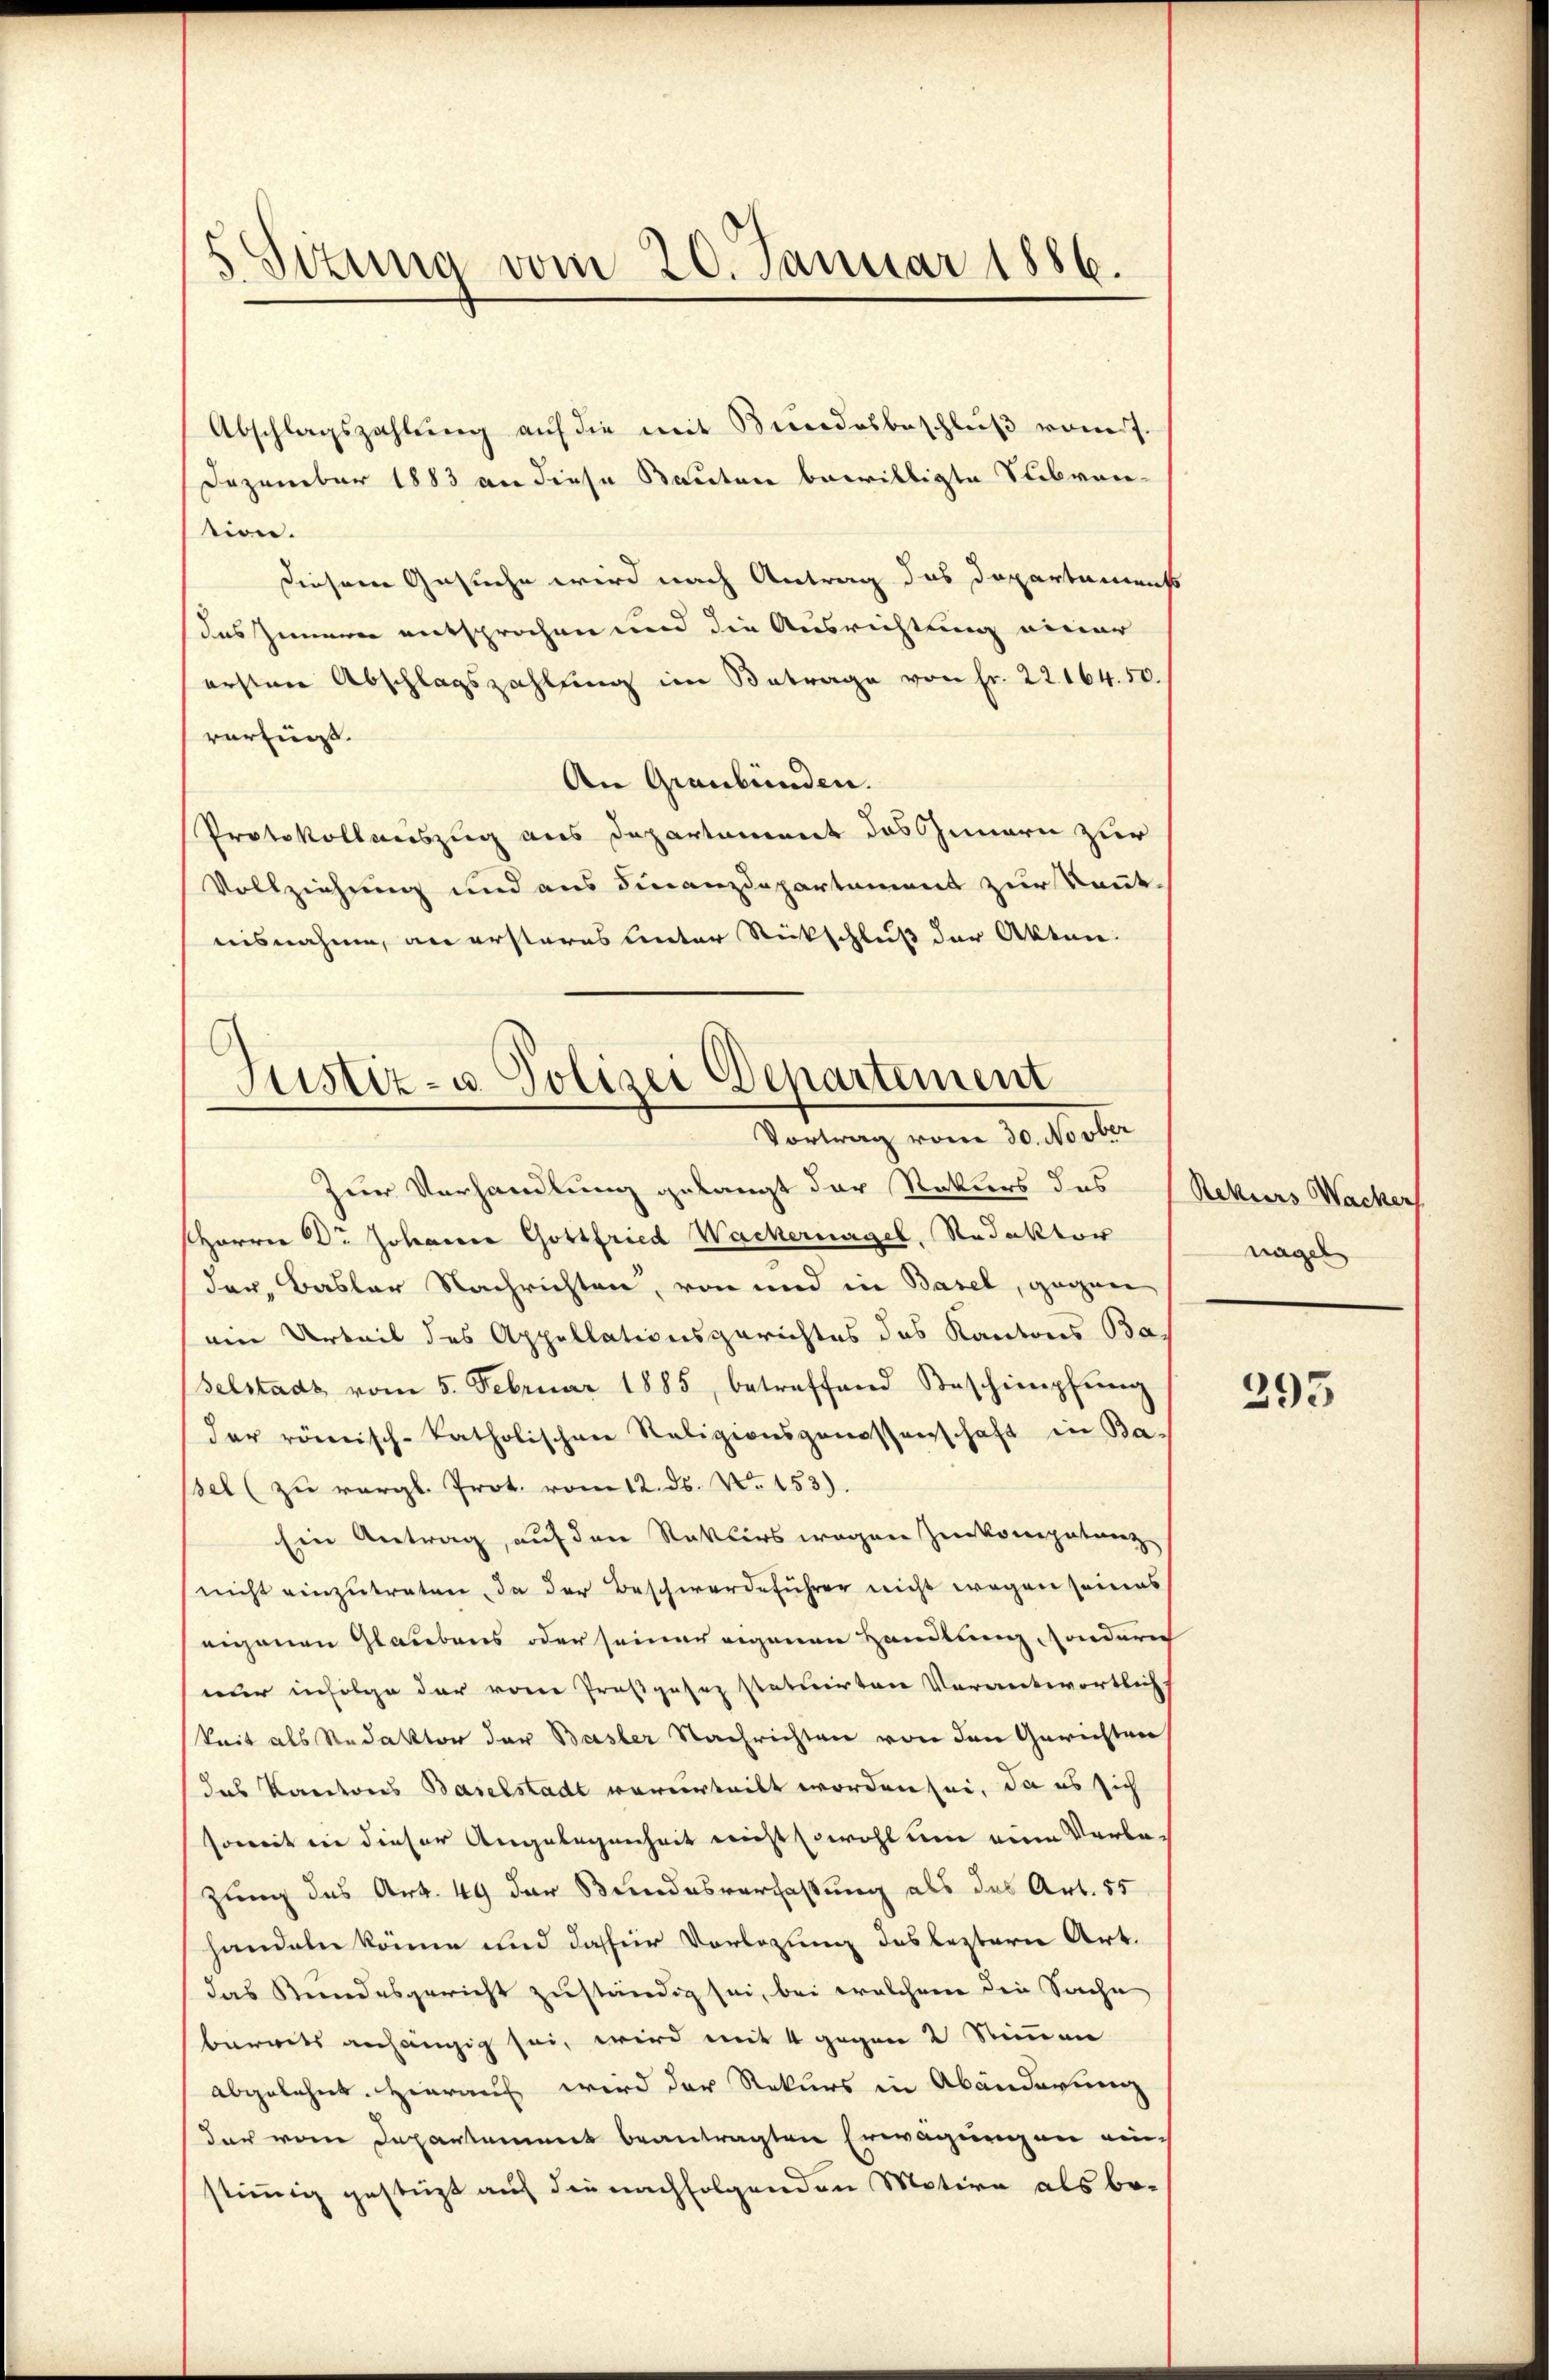
Sizung vom 20. Januar 1886.

Abschlagszahlŭng aŭf die mit Bundesbeschlŭβ vom 7.
Dezember 1883 an diese Bauten bewilligte Subvention.
diesem Gesuche wird nach Antrag das Departamenss
das Zimmen entsprochen und die Ausrichtung einer
ersten Abschlagszahlung im Betrage von Fr. 22164. 50.
vorfin.
An Graubünden.
Protokollauszug aus Departament das Innern zur
Vollziehung und aus Finanzdepartement zur Kennt
ausnahme, an ersteres unter Rückschluß der Akten.
Zur Verhandlung gelangt der Rekurs des
Harrer Dr. Johanne Gottfried Wackernagel, Redaktor
der, Basler Nachrichten, von und in Basel, gegen
em Urteil des Appellationsgerichtes das Kantons Ba
selstadt vom 5. Februar 1885, betreffend Beschimpfŭng
Der römisch-katholischen Religionsgenossenschaft in Ba-
Bel (zu vergl. Prot. vom 12. ds. No 153).
Ein Antrag, auf den Raklirs wegen Zirkompetanz
nicht einzutreten, da der Beschwerdeführer nicht wegen seines
eigenen Glaubens oder seiner eigenen Handlung sonderich
nur infolge der von Profsgesez statuirten Verantwortlich
keit als Redaktor der Basler Nachrichten von den Gerichten
das Kantons Baselstadt verurteilt worden sei, da es sich
soweit in dieser Angelegenheit nicht sowohl um eine Verbe-
zung des Art. 49 der Bundesverfassung als das Art. 55
handeln könne und dasser Vorlegung des leztern Art.
das Kundesgericht zuständig sei, bei welchem die Sache
barrets anhängig sei, wird mit 4 gegen 2 Stimmen
abgelehnt. Hierauf wird der Rekurs in Abänderung
dar vom Departement beantragten Erwägungen ein-
stimmig gestüzt auf die nachfolgenden Motive als be¬

Justiz- u Polizei Departement
Vortrag vom 30. Novber

Rekurs Wackers
nagel

393